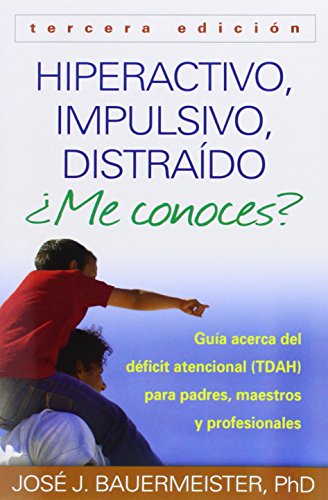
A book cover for Hiperactivo, Impulsivo, DistraÃ­do Â¿Me conoces?, Tercera ediciÃ³n: GuÃ­a Acerca del DÃ©ficit Atencional (TDAH) Para Padres, Maestros y Profesionales (Spanish Edition); JosÃ© J. Bauermeister PhD; Health, Fitness & Dieting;